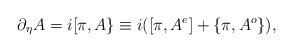
\begin{align*}\partial_\eta A=i[\pi,A\}\equiv i([\pi,A^e]+\{\pi,A^o\}), \end{align*}